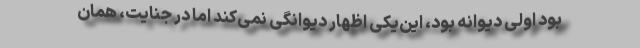
بود اولی دیوانه بود، این‌یکی اظهار دیوانگی نمی‌کند اما در جنایت، همان